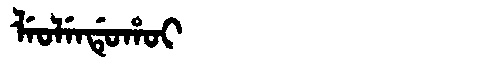
Manchu: ᠯᡝᠣᠯᡝᠨᡩᡠᡥᠣᡳ
Romanization: LEOLENDUHOI